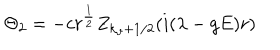
\Theta _ { 2 } = - c r ^ { \frac 1 2 } Z _ { k _ { \vartheta } + 1 / 2 } ( i ( \lambda - g E ) r )